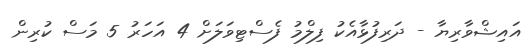
އައިޝްވާރިޔާ - ދަރިފުޅާއެކު ފިލްމު ފެސްޓިވަލަށް 4 އަހަރު 5 މަސް ކުރިން